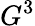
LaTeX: G^{3}